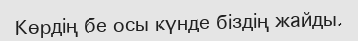
Көрдің бе осы күнде біздің жайды.